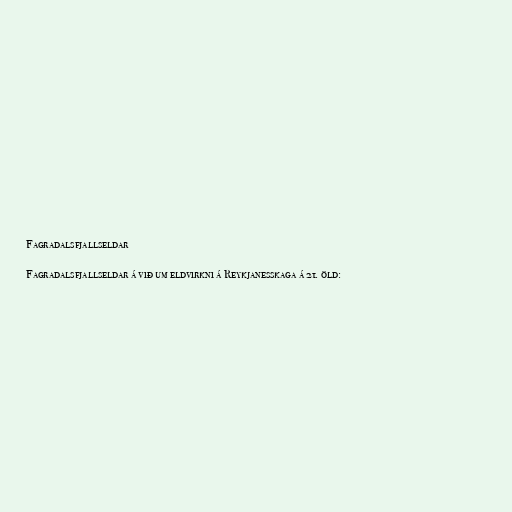
Fagradalsfjallseldar

Fagradalsfjallseldar á við um eldvirkni á Reykjanesskaga á 21. öld: